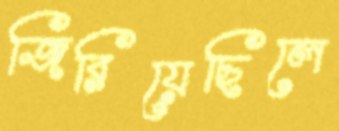
জিরিয়েছিলে